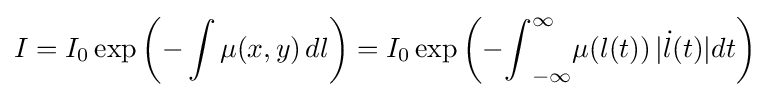
{\begin{aligned}I=I_{0}\exp \left({-\int \mu (x,y)\,dl}\right)=I_{0}\exp \left({-{\int }_{-\infty }^{\infty }\mu (l(t))\,|{\dot {l}}(t)|dt}\right)\end{aligned}}